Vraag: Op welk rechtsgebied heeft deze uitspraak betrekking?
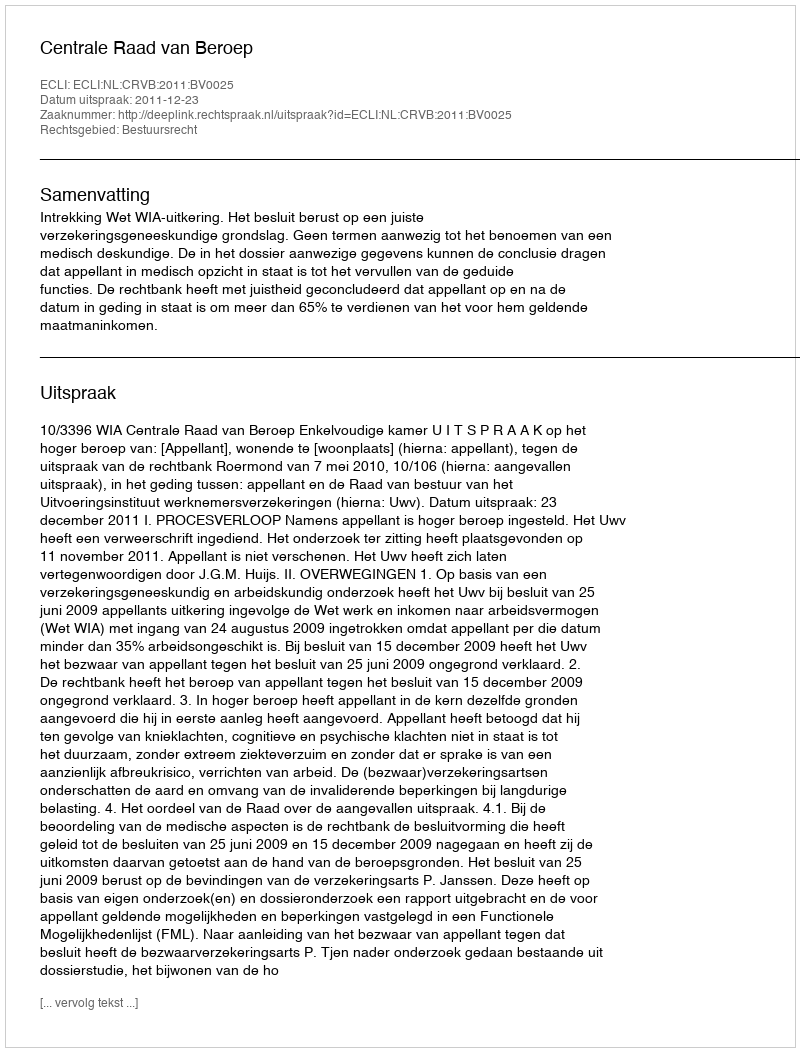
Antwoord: Bestuursrecht